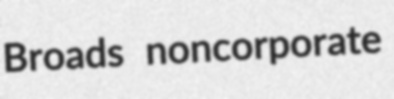
Broads noncorporate